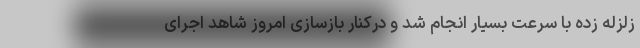
زلزله زده با سرعت بسیار انجام شد و درکنار بازسازی امروز شاهد اجرای